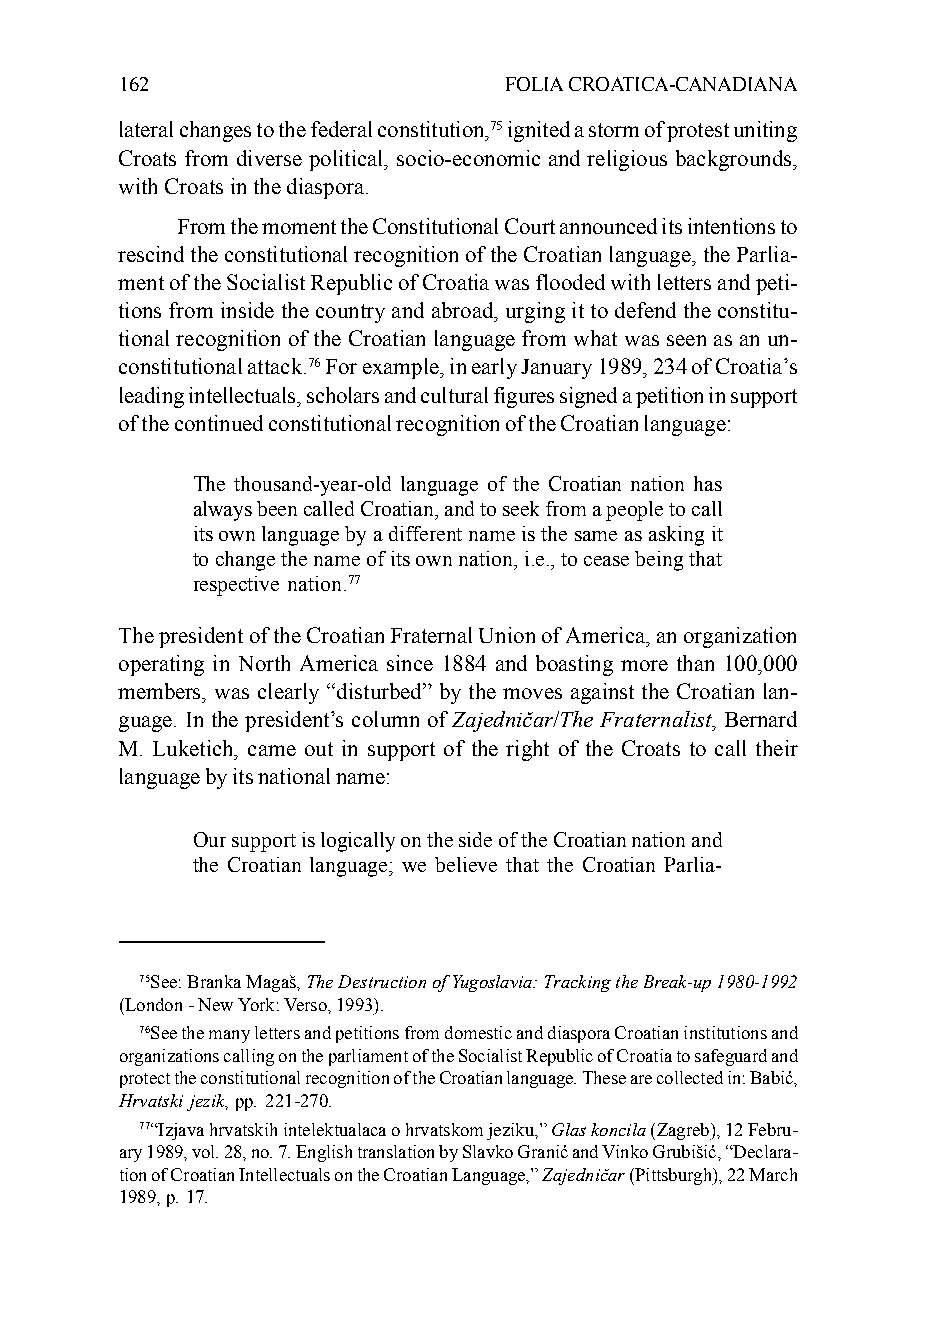
162                      FOLIA CROATICA-CANADIANA
 lateral changes to the federal constitution,75 ignited a storm of protest uniting
 Croats from diverse political, socio-economic and religious backgrounds,
 with Croats in the diaspora.
 From the moment the Constitutional Court announced its intentions to
 rescind the constitutional recognition of the Croatian language, the Parlia-
 ment of the Socialist Republic of Croatia was flooded with letters and peti-
 tions from inside the country and abroad, urging it to defend the constitu-
 tional recognition of the Croatian language from what was seen as an un-
 constitutional attack.76 For example, in early January 1989, 234 of Croatia’s
 leading intellectuals, scholars and cultural figures signed a petition in support
 of the continued constitutional recognition of the Croatian language:
 The thousand-year-old language of the Croatian nation has
 always been called Croatian, and to seek from a people to call
 its own language by a different name is the same as asking it
 to change the name of its own nation, i.e., to cease being that
 respective nation.77
 The president of the Croatian Fraternal Union of America, an organization
 operating in North America since 1884 and boasting more than 100,000
 members, was clearly “disturbed” by the moves against the Croatian lan-
 guage. In the president’s column of Zajedničar/The Fraternalist, Bernard
 M. Luketich, came out in support of the right of the Croats to call their
 language by its national name:
 Our support is logically on the side of the Croatian nation and
 the Croatian language; we believe that the Croatian Parlia-
 75See: Branka Magaš, The Destruction of Yugoslavia: Tracking the Break-up 1980-1992
 (London - New York: Verso, 1993).
 76See the many letters and petitions from domestic and diaspora Croatian institutions and
 organizations calling on the parliament of the Socialist Republic of Croatia to safeguard and
 protect the constitutional recognition of the Croatian language. These are collected in: Babić,
 Hrvatski jezik, pp. 221-270.
 77“Izjava hrvatskih intelektualaca o hrvatskom jeziku,” Glas koncila (Zagreb), 12 Febru-
 ary 1989, vol. 28, no. 7. English translation by Slavko Granić and Vinko Grubišić, “Declara-
 tion of Croatian Intellectuals on the Croatian Language,” Zajedničar (Pittsburgh), 22 March
 1989, p. 17.